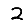
Digit: 2